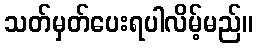
သတ်မှတ်ပေးရပါလိမ့်မည်။